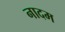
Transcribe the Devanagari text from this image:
नादम